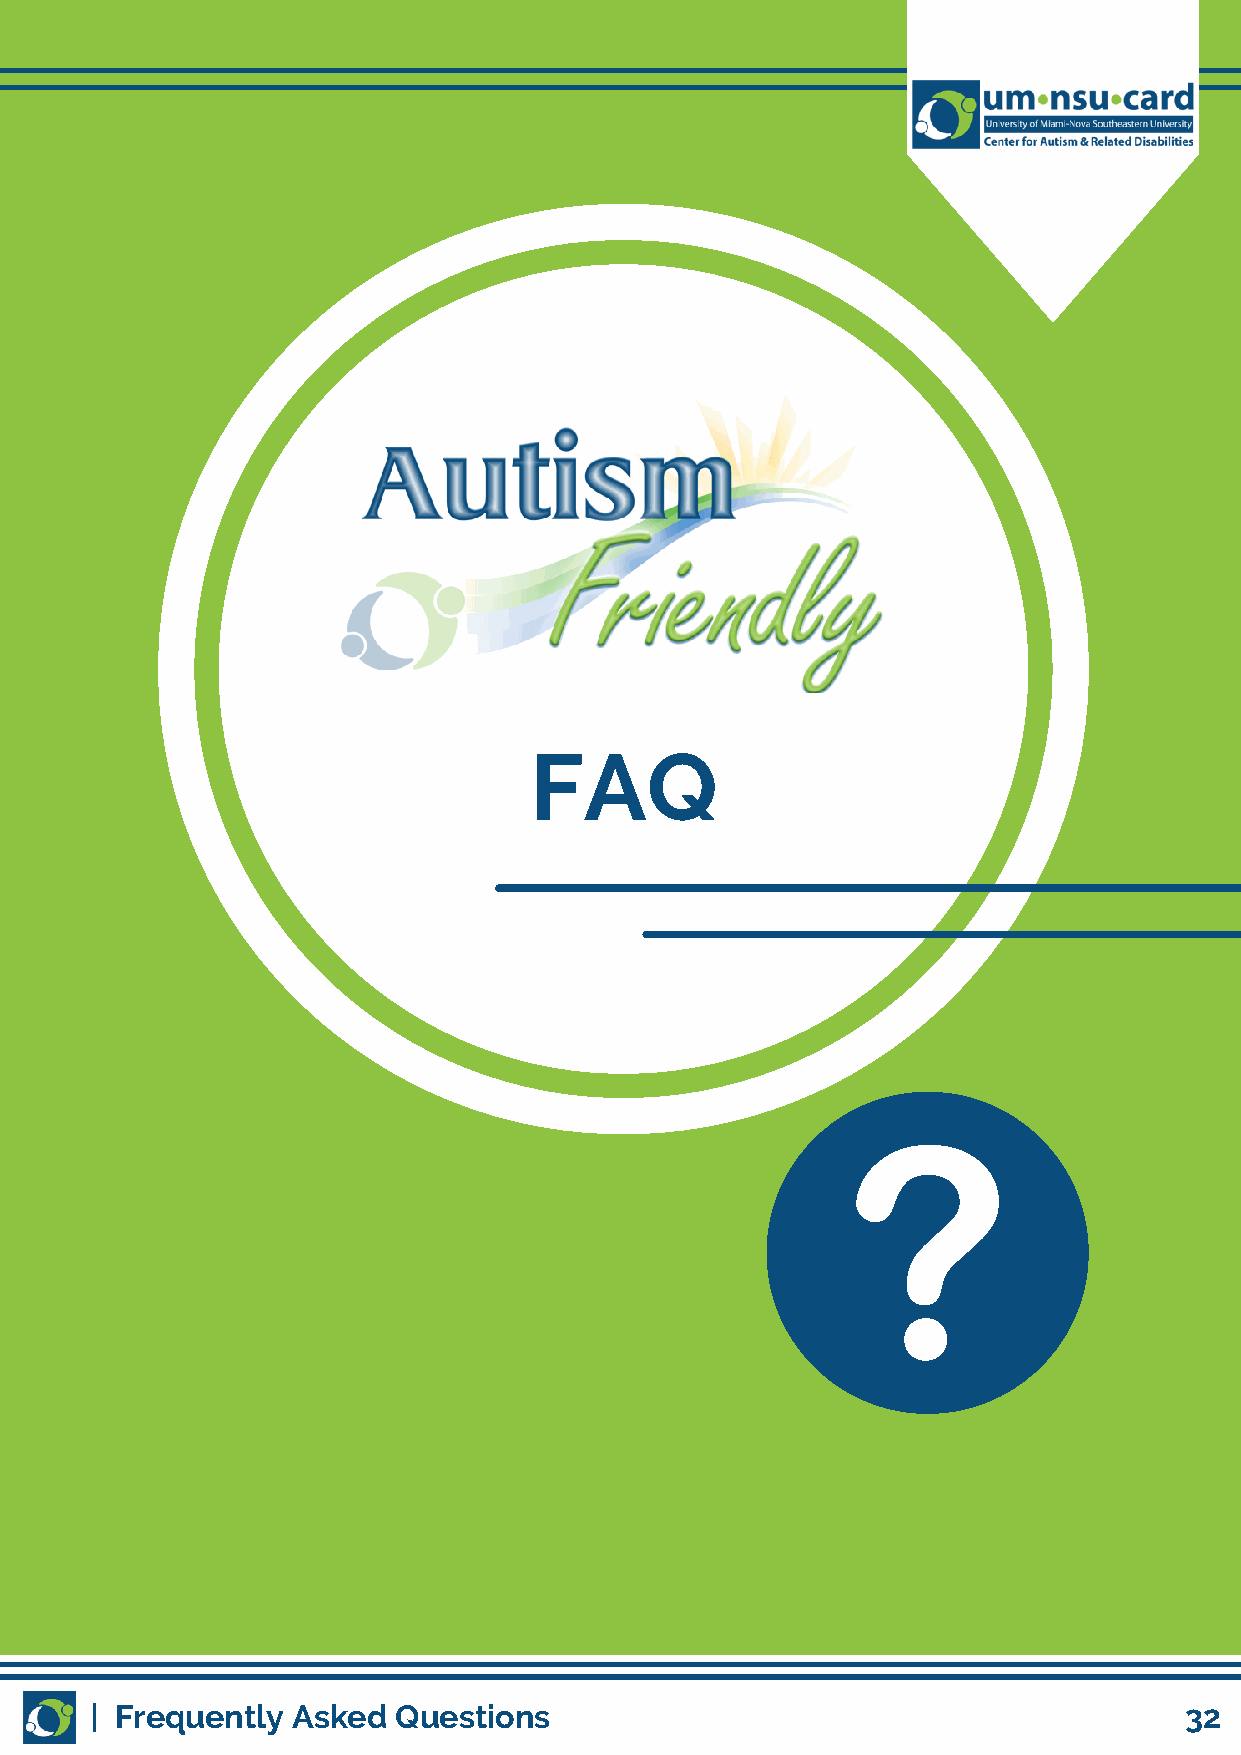
FAQ
 | Frequently Asked  Questions                                           32